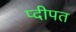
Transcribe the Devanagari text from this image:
प्दीपत